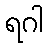
ရဂါ